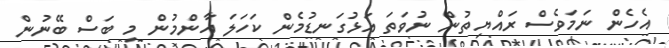
އެހެން ނަމަވެސް ރައްޔިތުން ނުވަތަ އަޅުގަނޑުމެން ކަހަލަ އާންމުން މި ބަސް ބޭނުން